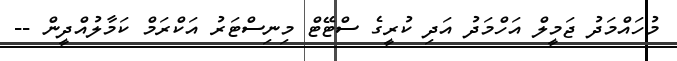
މުހައްމަދު ޖަމީލް އަހްމަދު އަދި ކުރީގެ ސްޓޭޓް މިނިސްޓަރު އަކްރަމް ކަމާލުއްދީން --